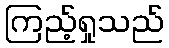
ကြည့်ရှုသည်